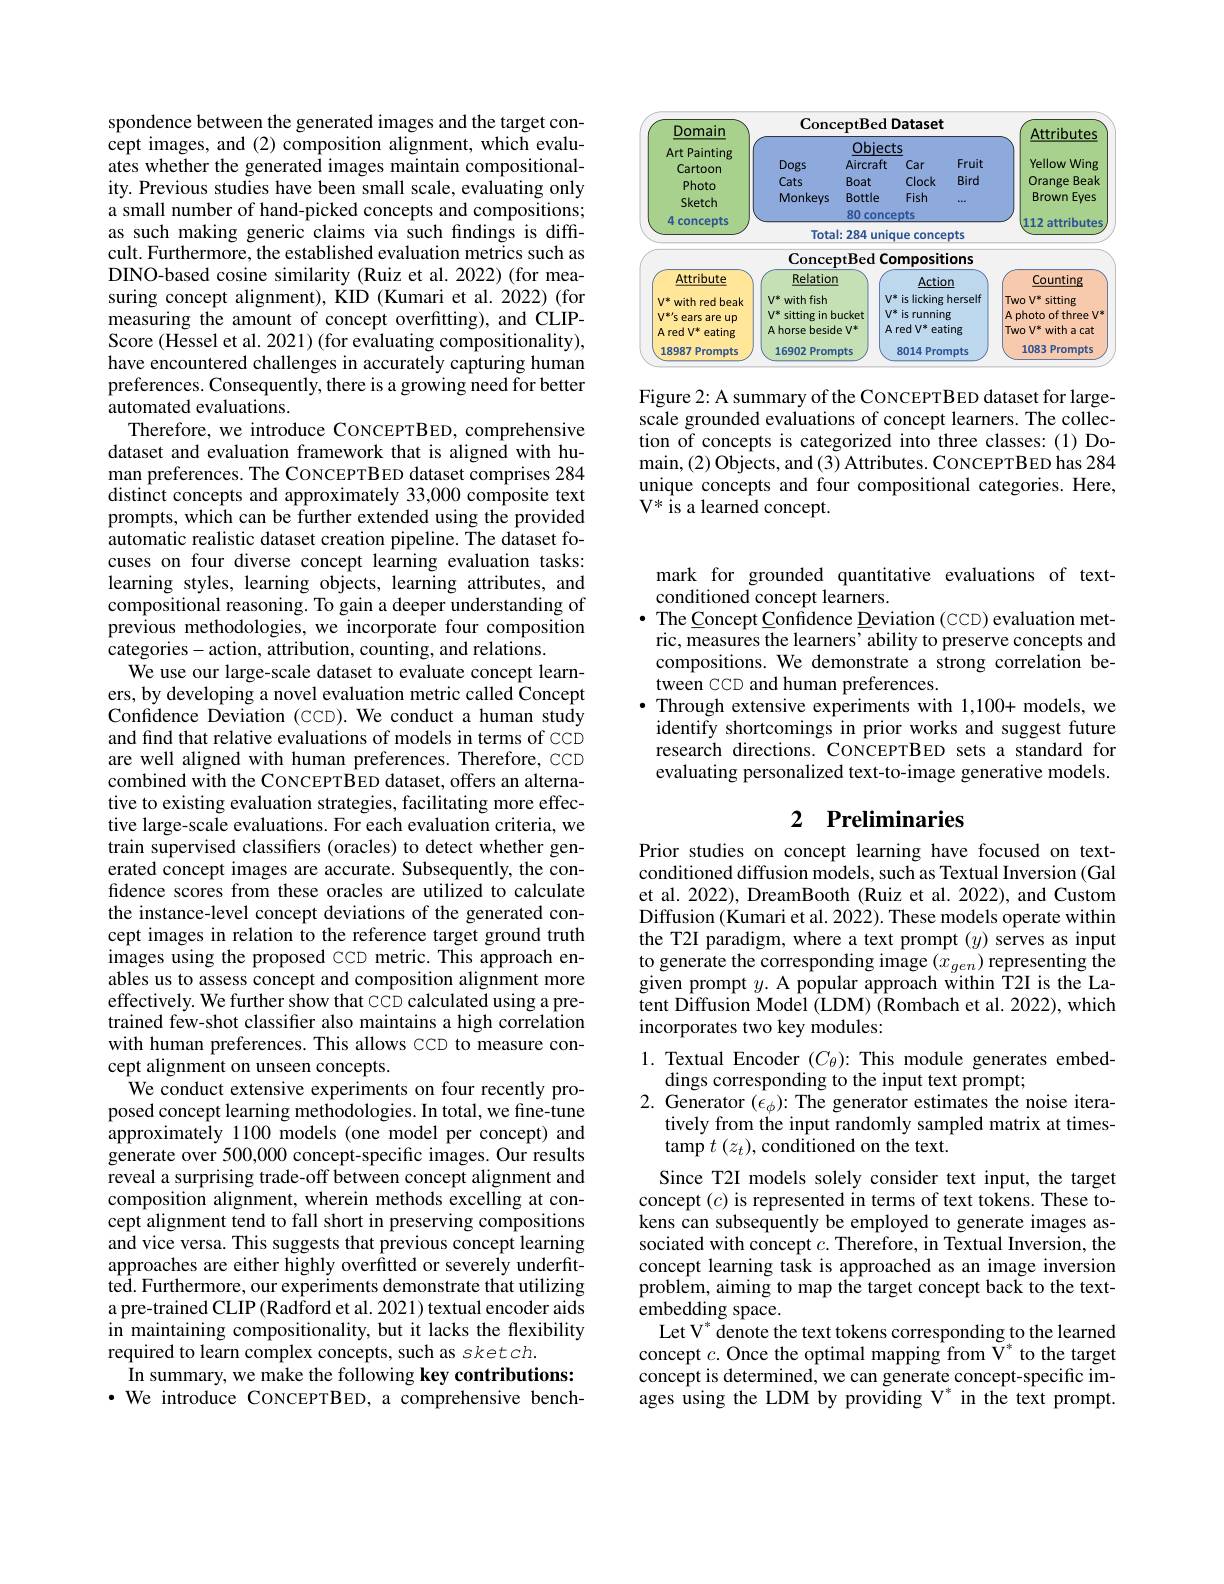
<table>
	<tbody>
		<tr>
			<th rowspan="5">Domain Art Painting Cartoon Photo Sketch</th>
			<th colspan="4">ConceptBed Dataset</th>
			<th rowspan="5">Attributes Yellow Wing Orange Beak 1 Brown Eyes</th>
		</tr>
		<tr>
			<th> </th>
			<th>Objec</th>
			<th>$S$</th>
			<th> </th>
		</tr>
		<tr>
			<th>Dogs</th>
			<th>Aircraft</th>
			<th>Car</th>
			<th>Fruit</th>
		</tr>
		<tr>
			<th>Cats</th>
			<th>Boat</th>
			<th>Clock</th>
			<th>Bird</th>
		</tr>
		<tr>
			<th>Monkeys</th>
			<th>Bottle</th>
			<th>Fish</th>
			<th>888</th>
		</tr>
		<tr>
			<th>nte</th>
			<th> </th>
			<th>80 conc</th>
			<th>pts</th>
			<th> </th>
			<th> </th>
		</tr>
		<tr>
			<td>- T</td>
			<td>Total</td>
			<td>284 unic</td>
			<td>ue c conce</td>
			<td>pts</td>
			<td>L TE IINW</td>
		</tr>
		<tr>
			<td> </td>
			<td>ConceF</td>
			<td>$\mathbf{otBedCO}$</td>
			<td>mpositi</td>
			<td>ions</td>
			<td> </td>
		</tr>
		<tr>
			<td>Attribute</td>
			<td>Relation</td>
			<td> </td>
			<td>1</td>
			<td>n</td>
			<td>Countine</td>
		</tr>
		<tr>
			<td>TIUULO with red beak ears are up AredV* eating 18987 Promots</td>
			<td>Meldu $V^{*}$ with fish $V^{*}$ sitting in be Ahorse besid 16902 Prom</td>
			<td>$V$ ucket $V$ $A$ $=V^*$</td>
			<td>ACTIO licking is is running $redV^{*}$ eat 8014</td>
			<td>herself g ing</td>
			<td>ILILILE Two V* s sitting A photo of three $eV^{*}$ 1 withacat $TwoV^*v$ 1083 Prompts</td>
		</tr>
		<tr>
			<td>18987 Prompts</td>
			<td>16902 Prom</td>
			<td>pts</td>
			<td>8014 Pron</td>
			<td>npts</td>
			<td>1083 F 1 Prompts</td>
		</tr>
	</tbody>
</table>

Figure 2: A summary of the CONCEPTBED dataset for largescale grounded evaluations of concept learners. The collection of concepts is categorized into three classes:(1) Domain, ( 2) Objects, and ( 3) Attributes. CoNCEPTBED has 284 unique concepts and four compositional categories. Here, $\mathbf{V}^{*}\hat{\mathrm{~is~a~learned~concept.}}$

spondence between the generated images and the target concept images, and (2) composition alignment, which evaluates whether the generated images maintain compositionality. Previous studies have been small scale, evaluating only a small number of hand-picked concepts and compositions; as such making generic claims via such findings is diffcult. Furthermore, the established evaluation metrics such as DINO-based cosine similarity (Ruiz et al. 2022) (for measuring concept alignment), KID (Kumari et al. 2022) (for measuring the amount of concept overfitting), and CLIPScore (Hessel et al. 2021) (for evaluating compositionality), have encountered challenges in accurately capturing human preferences. Consequently, there is a growing need for better automated evaluations.
Therefore, we introduce CoNCEPTBED, comprehensive dataset and evaluation framework that is aligned with human preferences. The CoNCEPTBED dataset comprises 284 distinct concepts and approximately 33,000 composite text prompts, which can be further extended using the provided automatic realistic dataset creation pipeline. The dataset focuses on four diverse concept learning evaluation tasks: learning styles, learning objects, learning attributes, and compositional reasoning. To gain a deeper understanding of previous methodologies, we incorporate four composition categories-action, attribution, counting, and relations.
We use our large-scale dataset to evaluate concept learners, by developing a novel evaluation metric called Concept Confidence Deviation (CCD). We conduct a human study and find that relative evaluations of models in terms of cci are well aligned with human preferences. Therefore, CCD combined with the CONCEPTBED dataset, offers an alternative to existing evaluation strategies, facilitating more effective large-scale evaluations. For each evaluation criteria, we train supervised classifiers (oracles) to detect whether generated concept images are accurate. Subsequently, the confidence scores from these oracles are utilized to calculate the instance-level concept deviations of the generated concept images in relation to the reference target ground truth images using the proposed CCD metric. This approach enables us to assess concept and composition alignment more effectively. We further show that CCD calculated using a pretrained few-shot classifier also maintains a high correlation with human preferences. This allows CCD to measure concept alignment on unseen concepts.
We conduct extensive experiments on four recently proposed concept learning methodologies. In total, we fine-tune approximately 1100 models (one model per concept) and generate over 500,000 concept-specific images. Our results reveal a surprising trade-off between concept alignment and composition alignment, wherein methods excelling at concept alignment tend to fall short in preserving compositions and vice versa. This suggests that previous concept learning approaches are either highly overfitted or severely underfitted. Furthermore, our experiments demonstrate that utilizing a pre-trained CLIP (Radford et al. 2021) textual encoder aids in maintaining compositionality, but it lacks the flexibility required to learn complex concepts, such as sket ch.
In summary, we make the following key contributions: $\cdot$ We introduce CONCEPTBED, a comprehensive bench-

mark for grounded quantitative evaluations of text-
conditioned concept learners.
$\bullet$ The Concept Confidence Deviation (CCD) evaluation metric, measures the learners' ability to preserve concepts and compositions. We demonstrate a strong correlation between CCD and human preferences.
$\bullet$ Through extensive experiments with 1,100+ models, we identify shortcomings in prior works and suggest future research directions. CONCEPTBED sets a standard for evaluating personalized text-to-image generative models.

## 2 $\textbf{Preliminaries}$

Prior studies on concept learning have focused on textconditioned diffusion models, such as Textual Inversion (Gal et al. 2022), DreamBooth (Ruiz et al. 2022), and Custom Diffusion (Kumari et al. 2022). These models operate within the T2I paradigm, where a text prompt $(y)$ serves as input to generate the corresponding image $(x_{gen})$ representing thegiven presenting then presenting the given prompt $y.$ A popular approach within T2I is the Latent Diffusion Model (LDM) (Rombach et al. 2022), which incorporates two key modules:

1. Textual Encoder $(C_\theta){:}$ This module generates embed-
dings corresponding to the input text prompt;
2. Generator $(\tilde\epsilon_\phi):$The generator estimates the noise itera-
tively from the input randomly sampled matrix at times-
tamp $t\left(z_{t}\right)$,conditioned on the text.

Since T2I models solely consider text input, the target concept $(c)$ is represented in terms of text tokens. These tokens can subsequently be employed to generate images associated with concept $c.$ Therefore, in Textual Inversion, the concept learning task is approached as an image inversion problem, aiming to map the target concept back to the text- ${\mathrm{embedding~space.}}$
Let V$^*$ denote the text tokens corresponding to the learned concept $c.$ Once the optimal mapping from V' to the target concept is determined, we can generate concept-specific images using the LDM by providing V$^*$ in the text prompt.